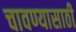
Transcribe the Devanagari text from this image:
चावण्यासाठी